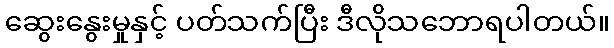
ဆွေးနွေးမှုနှင့် ပတ်သက်ပြီး ဒီလိုသဘောရပါတယ်။